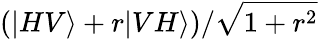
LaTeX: (|HV\rangle+r|VH\rangle)/\sqrt{1+r^{2}}